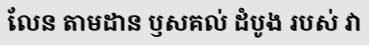
លែន តាមដាន ឫសគល់ ដំបូង របស់ វា